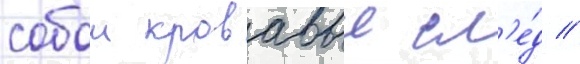
собои кровавыи сл'е́д //